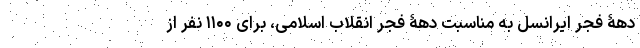
دهۀ فجر ایرانسل به مناسبت دهۀ فجر انقلاب اسلامی، برای ۱۱۰۰ نفر از